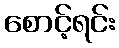
စောင့်ရင်း